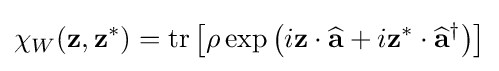
\chi _{W}(\mathbf {z} ,\mathbf {z} ^{*})=\operatorname {tr} \left[\rho \exp \left(i\mathbf {z} \cdot {\widehat {\mathbf {a} }}+i\mathbf {z} ^{*}\cdot {\widehat {\mathbf {a} }}^{\dagger }\right)\right]